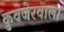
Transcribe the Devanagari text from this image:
कुवजेरवाला